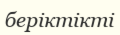
беріктікті